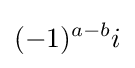
(-1)^{a-b}i